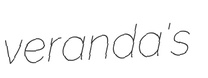
veranda's